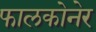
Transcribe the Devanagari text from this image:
फालकोनेर